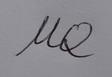
Signature authenticity: forged